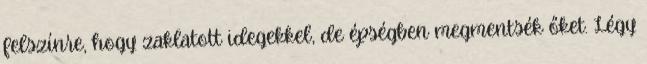
felszínre, hogy zaklatott idegekkel, de épségben megmentsék őket. Légy